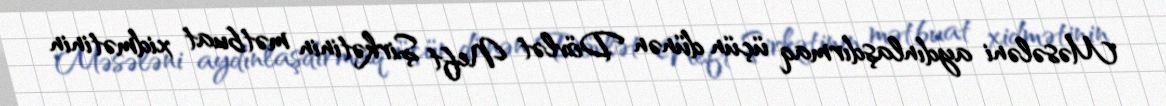
Məsələni aydınlaşdırmaq üçün dünən Dövlət Neft Şirkətinin mətbuat xidmətinin